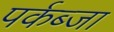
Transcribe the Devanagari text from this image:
पर्कब्जा